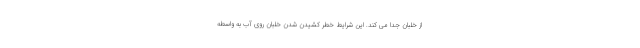
از خلبان جدا می کند. این شرایط خطر کشیدن شدن خلبان روی آب به واسطه